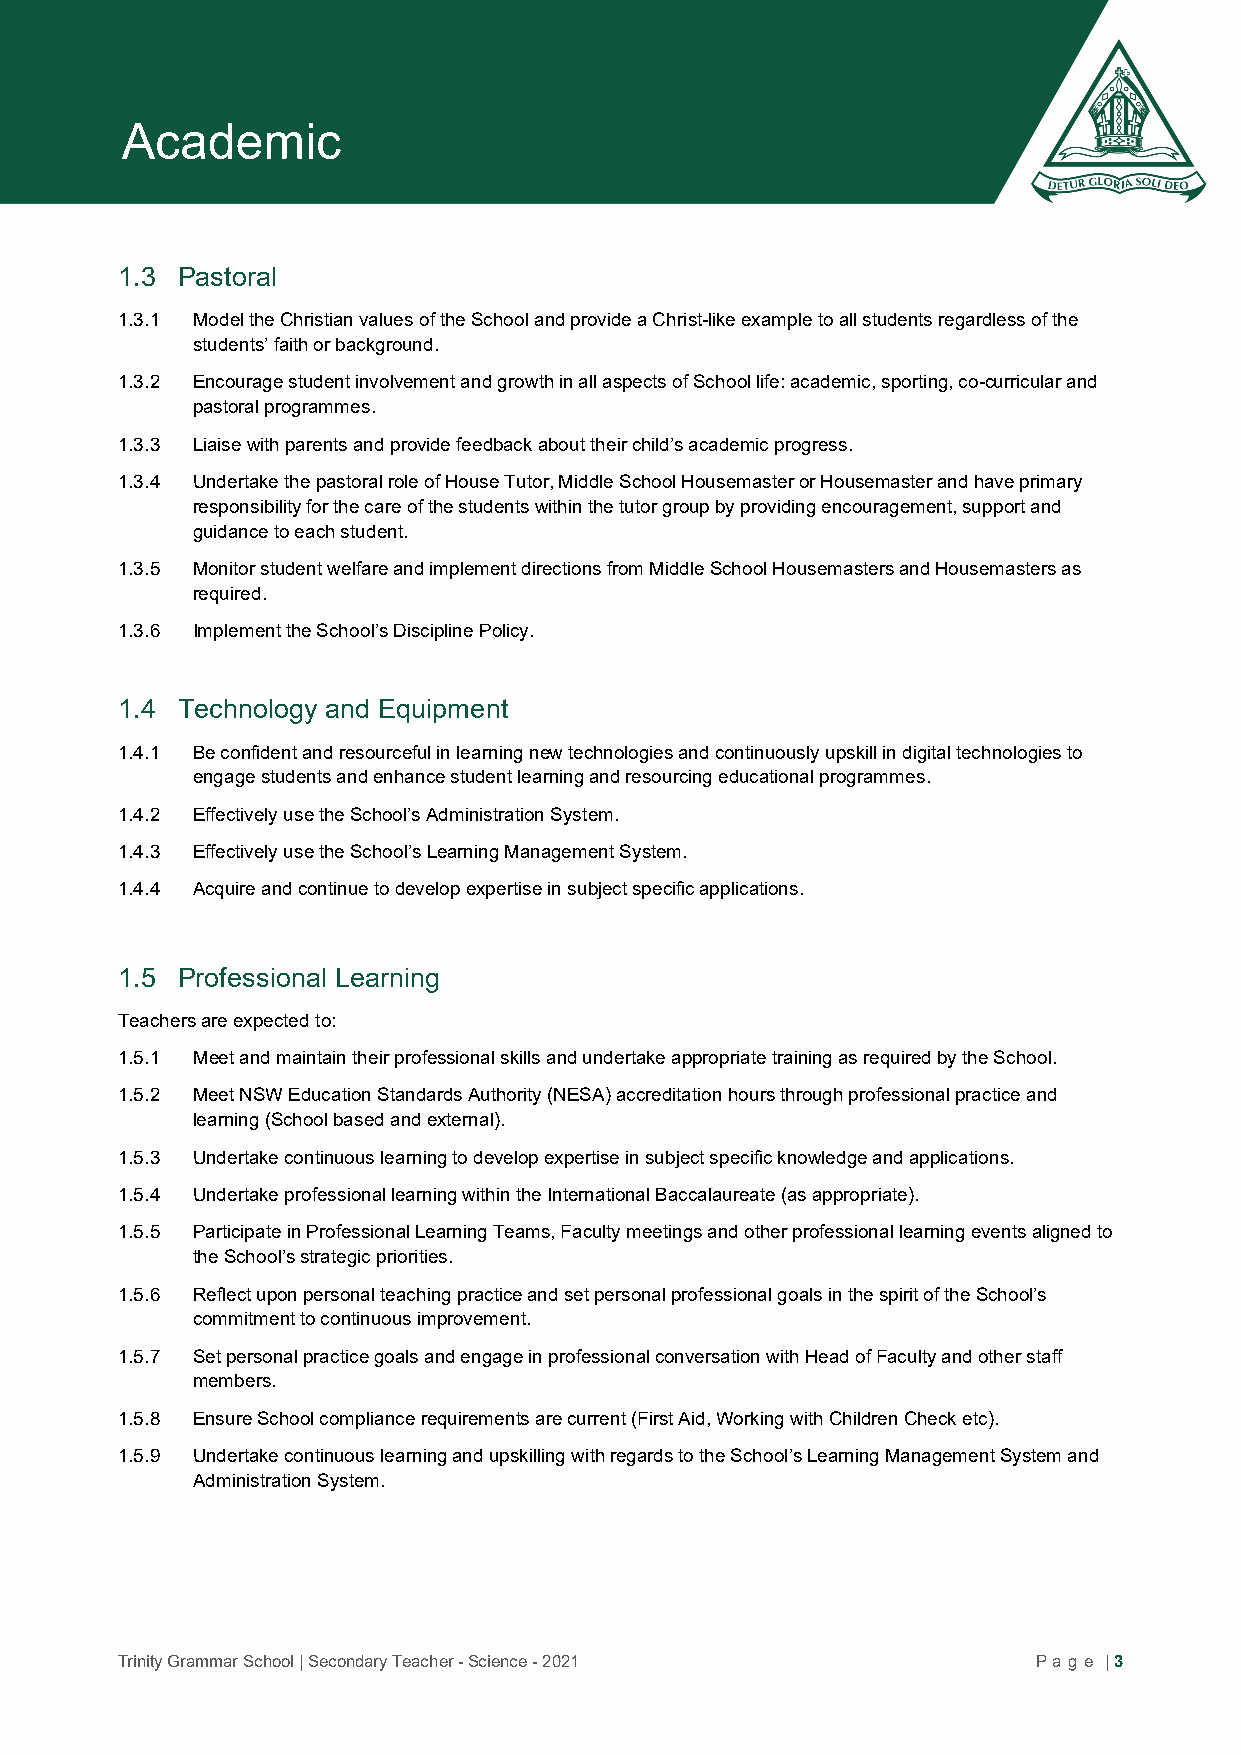
Academic
 1.3 Pastoral
 1.3.1 Model the Christian values of the School and provide a Christ-like example to all students regardless of the
 students’ faith or background.
 1.3.2 Encourage student involvement and growth in all aspects of School life: academic, sporting, co-curricular and
 pastoral programmes.
 1.3.3 Liaise with parents and provide feedback about their child’s academic progress.
 1.3.4 Undertake the pastoral role of House Tutor, Middle School Housemaster or Housemaster and have primary
 responsibility for the care of the students within the tutor group by providing encouragement, support and
 guidance to each student.
 1.3.5 Monitor student welfare and implement directions from Middle School Housemasters and Housemasters as
 required.
 1.3.6 Implement the School’s Discipline Policy.
 1.4 Technology and Equipment
 1.4.1 Be confident and resourceful in learning new technologies and continuously upskill in digital technologies to
 engage students and enhance student learning and resourcing educational programmes.
 1.4.2 Effectively use the School’s Administration System.
 1.4.3 Effectively use the School’s Learning Management System.
 1.4.4 Acquire and continue to develop expertise in subject specific applications.
 1.5 Professional Learning
 Teachers are expected to:
 1.5.1 Meet and maintain their professional skills and undertake appropriate training as required by the School.
 1.5.2 Meet NSW Education Standards Authority (NESA) accreditation hours through professional practice and
 learning (School based and external).
 1.5.3 Undertake continuous learning to develop expertise in subject specific knowledge and applications.
 1.5.4 Undertake professional learning within the International Baccalaureate (as appropriate).
 1.5.5 Participate in Professional Learning Teams, Faculty meetings and other professional learning events aligned to
 the School’s strategic priorities.
 1.5.6 Reflect upon personal teaching practice and set personal professional goals in the spirit of the School’s
 commitment to continuous improvement.
 1.5.7 Set personal practice goals and engage in professional conversation with Head of Faculty and other staff
 members.
 1.5.8 Ensure School compliance requirements are current (First Aid, Working with Children Check etc).
 1.5.9 Undertake continuous learning and upskilling with regards to the School’s Learning Management System and
 Administration System.
 Trinity Grammar School | Secondary Teacher - Science - 2021  P age | 3